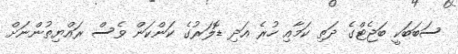
ސަބަބަކީ ބަޖެޓްގެ ދަތި ކަމާއި ހުރެ އަދި ޑޮލަރުގެ ކަންކަން ވެސް ރައްޔިތުންނަށް